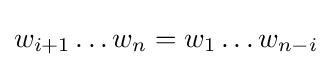
w_{i+1}\dots w_{n}=w_{1}\dots w_{n-i}